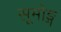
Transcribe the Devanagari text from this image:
सूमोङ्ग